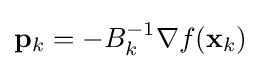
\mathbf {p} _{k}=-B_{k}^{-1}\nabla f(\mathbf {x} _{k})